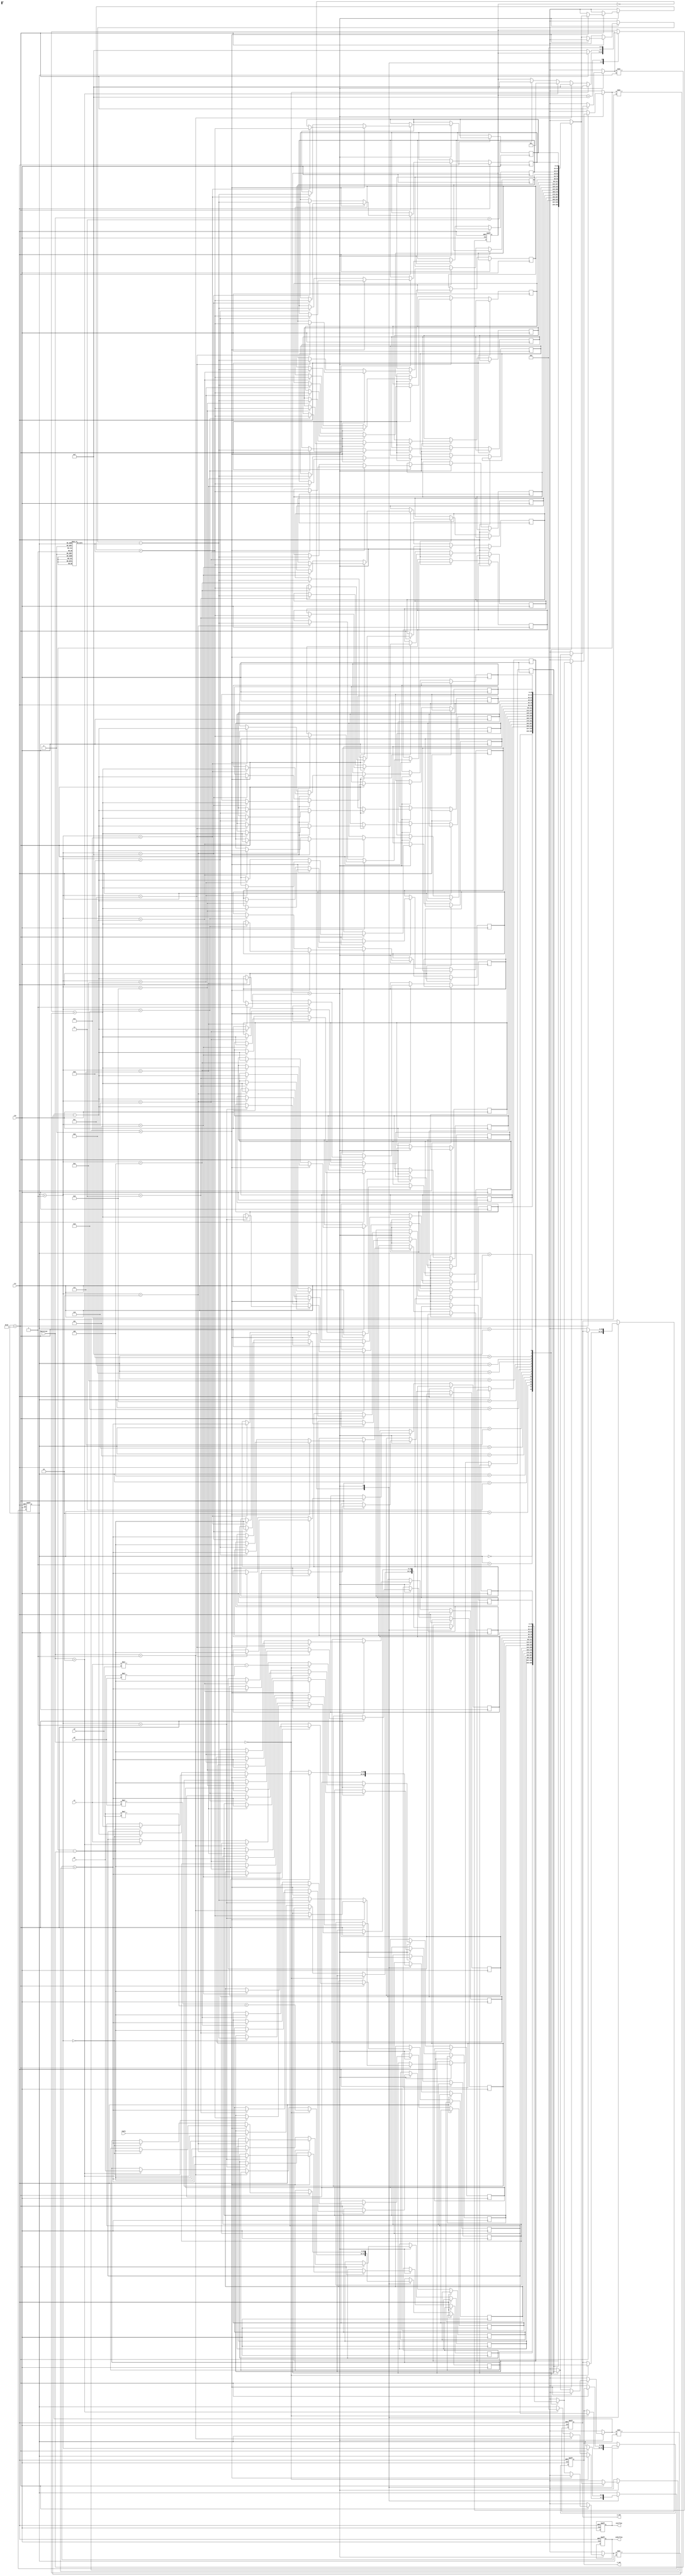
module complex_cordic (
    input clk,
    input rst,
    input [15:0] x1, // Real part of first complex number
    input [15:0] y1, // Imaginary part of first complex number
    input [15:0] x2, // Real part of second complex number
    input [15:0] y2, // Imaginary part of second complex number
    input [1:0] operation, // 00: multiply, 01: divide, 10: rotate, 11: vectoring
    input [15:0] angle, // Angle for rotation
    output reg [15:0] x_out, // Real part of output
    output reg [15:0] y_out, // Imaginary part of output
    output reg overflow,
    output reg underflow
);

    // CORDIC parameters
    parameter NUM_ITERATIONS = 16;
    reg [15:0] atan_table [0:NUM_ITERATIONS-1]; // Lookup table for arctangent values
    reg [15:0] x [0:NUM_ITERATIONS-1];
    reg [15:0] y [0:NUM_ITERATIONS-1];
    reg [15:0] z [0:NUM_ITERATIONS-1];
    
    // Initialize arctangent values (in fixed-point format)
    initial begin
        atan_table[0] = 16'h2000; // atan(2^-0)
        atan_table[1] = 16'h1000; // atan(2^-1)
        atan_table[2] = 16'h0800; // atan(2^-2)
        // ... Fill in the rest of the table
    end

    // Control signals
    reg [3:0] state;
    reg [3:0] iteration;

    // State machine for operation control
    always @(posedge clk or posedge rst) begin
        if (rst) begin
            state <= 0;
            iteration <= 0;
            overflow <= 0;
            underflow <= 0;
            x_out <= 0;
            y_out <= 0;
        end else begin
            case (state)
                0: begin // Initialization
                    if (operation == 2'b00) begin // Multiplication
                        x[0] <= x1 * x2 - y1 * y2;
                        y[0] <= x1 * y2 + y1 * x2;
                        x_out <= x[0];
                        y_out <= y[0];
                        state <= 4'b1111; // Done
                    end else if (operation == 2'b01) begin // Division
                        // Division logic (not implemented)
                        state <= 4'b1111; // Done
                    end else if (operation == 2'b10) begin // Rotation
                        x[0] <= x1;
                        y[0] <= y1;
                        z[0] <= angle;
                        iteration <= 0;
                        state <= 1; // Start iterations
                    end else if (operation == 2'b11) begin // Vectoring
                        // Vectoring logic (not implemented)
                        state <= 4'b1111; // Done
                    end
                end
                1: begin // CORDIC iterations for rotation
                    if (iteration < NUM_ITERATIONS) begin
                        if (z[iteration] < 0) begin
                            x[iteration + 1] <= x[iteration] + (y[iteration] >> iteration);
                            y[iteration + 1] <= y[iteration] - (x[iteration] >> iteration);
                            z[iteration + 1] <= z[iteration] + atan_table[iteration];
                        end else begin
                            x[iteration + 1] <= x[iteration] - (y[iteration] >> iteration);
                            y[iteration + 1] <= y[iteration] + (x[iteration] >> iteration);
                            z[iteration + 1] <= z[iteration] - atan_table[iteration];
                        end
                        iteration <= iteration + 1;
                    end else begin
                        x_out <= x[NUM_ITERATIONS];
                        y_out <= y[NUM_ITERATIONS];
                        state <= 4'b1111; // Done
                    end
                end
                4'b1111: begin // Done state
                    // Handle overflow/underflow if necessary
                    state <= 0; // Reset state
                end
            endcase
        end
    end

endmodule